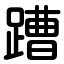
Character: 蹧